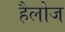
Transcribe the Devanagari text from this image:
हैलोज